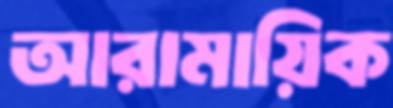
আরামায়িক